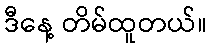
ဒီနေ့ တိမ်ထူတယ်။